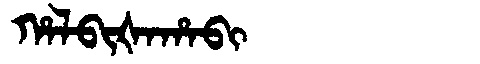
Manchu: ᡥᠠᠯᠪᡳᡧᠠᡥᠠᠪᡳ
Romanization: HALBIŠAHABI